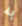
به